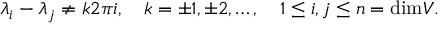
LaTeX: \lambda _ { i } - \lambda _ { j } \neq k 2 \pi i , \quad k = \pm 1 , \pm 2 , \ldots , \quad 1 \leq i , j \leq n = \mathrm { d i m } V .